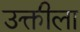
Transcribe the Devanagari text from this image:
उक्तीला